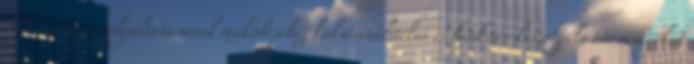
A Társaság szolgáltatásának működéséhez külső analitikai és hirdetés-kiszolgáló társaságokat